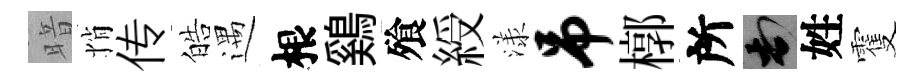
暗悄传皓遇根鷄飱綬漾吊槨所頓姓䨥